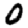
Digit: 0